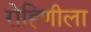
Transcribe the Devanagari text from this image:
रोहिणीला